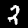
Digit: 2